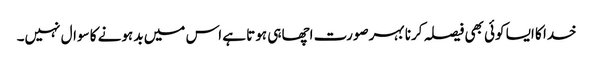
خدا کا ایسا کوئی بھی فیصلہ کرنا بہرصورت اچھا ہی ہوتا ہے اس میں بد ہونے کا سوال نہیں۔